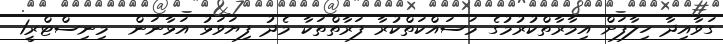
ގަވާއިދާ ހިލާފަށް އިމާރާތްކުރުމުގެ މަސައްކަތްކުރާ ފަރާތްތަކާ މެދު ފިޔަވަޅު އަޅާނަން  މިނިސްޓްރީ1